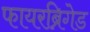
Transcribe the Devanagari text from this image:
फायरब्रिगेड